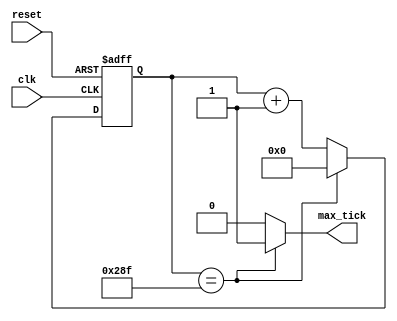
module Coun_Baud#(parameter N=10, M=656)(  
	input wire clk, reset,
	output wire max_tick
	);
	reg [N-1:0] r_reg=0;
	wire [N-1:0] r_next;
	always @ (posedge clk , posedge reset)
		if (reset)
			r_reg <= 0 ;
		else
			r_reg <= r_next;
	assign r_next = (r_reg==(M-1)) ? 0 : r_reg + 1;
	assign max_tick = (r_reg==(M-1)) ? 1'b1 : 1'b0;
endmodule